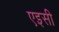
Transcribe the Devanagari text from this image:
एइसी